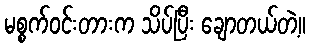
မစ္စက်ဝင်းတားက သိပ်ပြီး ချောတယ်တဲ့။